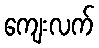
ကျေးလက်